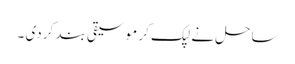
ساحل نے لپک کر موسیقی بند کر دی ۔